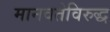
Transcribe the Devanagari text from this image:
मानवतेविरुद्ध